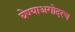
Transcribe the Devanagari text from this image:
घेण्याअगोदरच